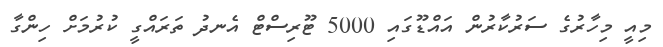
މިއީ މިހާރުގެ ސަރުކާރުން އައްޑޫގައި 5000 ޓޫރިސްޓް އެނދު ތަރައްގީ ކުރުމަށް ހިންގާ